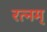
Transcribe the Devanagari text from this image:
रत्नम्‌